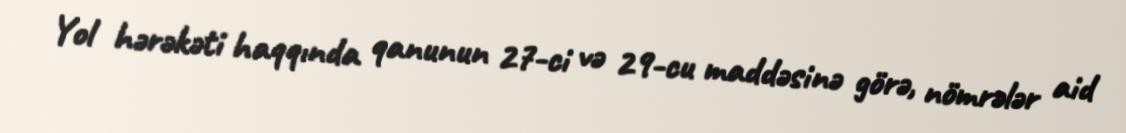
Yol hərəkəti haqqında qanunun 27-ci və 29-cu maddəsinə görə, nömrələr aid